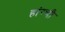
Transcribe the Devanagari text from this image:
हांग्चौ